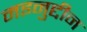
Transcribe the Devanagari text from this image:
मइनुद्दीन